Vaccination in the Punjab 1883-1896 - 1883-1896
Year: 1883
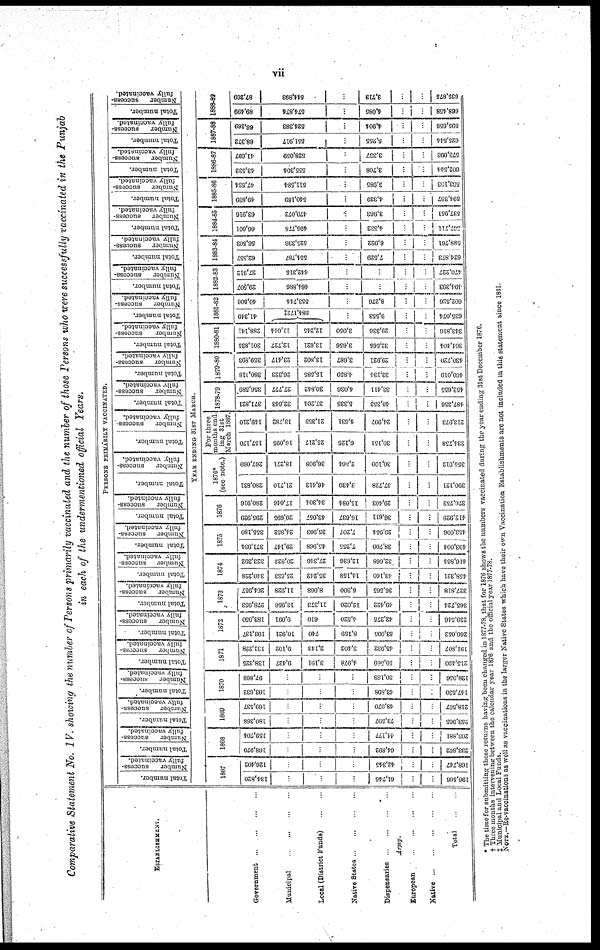
vii
Comparative Statement No. IV. showing the number of Persons primarily vaccinated and the number of those Persons who were successfully vaccinated in the Punjab
in each of the undermentioned official Years.
ESTABLISHMENT.
Government
...
...
...
...
Municipal ... ... ...
Local (District Funds) . .
Native States . ... ...
Dispensaries ...
Army.
European ... ...
Native
..
.
...
Total ..
PERSONS PRIMARILY VACCINATED.
Total
number.
Number
success¬
fully
vaccinated.
Total number.
Number
success¬
fully
vaccinated.
Total number.
Number
success¬
fully
vaccinated.
Total number.
Number
Success¬
fully
vaccinated.
Total number.
Number
Success¬
fully
vaccinated.
Total number.
Number
success¬
fully
vaccinated.
Total number.
Number
success¬
fully
vaccinated.
Total number.
Number
suecess¬
fully
vaccinated.
Total number.
Number
success¬
fully
vaccinated.
Total number.
Number
success¬
fully
vaccinated.
Total number.
Number
success-
fully vaccinated.
Total number.
Number
success-
fully vaccinated.
Total number.
Number
success¬
fully
vaccinated.
Total number.
Number
success¬
fully
vaccinated.
Total number.
Number
success¬
fully
vaccinated.
Total number.
Number
success¬
fully
vaccinated.
Total number.
Number
success¬
fully
vaccinated.
Total number.
Number
succcss¬
fully
vaccinated.
Total number.
Number
success¬
fully
vaccinated.
Total number.
Number
success¬
fully
vaccinated.
Total number.
Number
success¬
fully
vaccinated.
Total number.
Number
success-
fully vaccinated.
Total number.
Number
success¬
fully
vaccinated.
YEAR ENDING 31ST MARCH.
1867
134,820
...
...
...
61,746
...
...
196,566
126,402
...
...
...
42,345
...
...
168,747
1868
108,970
...
...
...
64,892
...
...
233,862
159,704
...
...
...
44,177
...
...
203,881
1869
180,368
...
...
....
73,597
...
...
253,965
169,537
...
...
...
48,970
...
...
218,507
1870
103,632
...
...
...
43,898
...
...
147,530
97,868
...
...
...
30,188
...
...
128,056
1871
138,325
9,427
3,191
4,978
59,509
...
...
215,190
131,228
9,102
2,143
3,102
45,932
...
...
191,807
1872
193,137
10,921
740
8,159
53,095
...
...
266,052
183,050
9,091
610
4,520
42,275
...
...
239,546
1873
278,953
13,956
11,373
12,020
40,422
...
...
365,724
204,957
11,928
8,068
6,300
36,565
...
...
327,818
1874
310,228
25,533
35,242
14,158
43,160
...
...
458,321
323,392
20,822
27,346
12,636
32,668
...
...
416,864
1875
371,934
29,147
45,968
7,255
38,700
...
...
493,004
355,180
24,852
35,903
7,207
29,954
...
...
453,096
1876
205,929
20,695
43,057
16,637
36,611
...
...
412,929
280,916
17,046
34,304
15,084
29,403
...
...
376,753
1876*
(see note.)
280,831
21,710
46,413
3,439
37,728
...
...
390,121
267,069
18,271
36,908
2,564
30,100
...
...
354,912
For three
months end-
ing 31st
March 1887.
157,170
16,095
25,217
6,125
30,151
...
...
234,758
149,210
13,782
21,353
4,631
24,997
...
...
213,973
1878-79
371,821
32,643
37,201
5,335
40,353
...
...
487,356
356,589
27,777
30,842
4,036
33,411
...
...
452,655
1879-80
380,118
26,323
16,585
4,859
33,131
...
...
460,019
359,893
23,417
13,802
3,087
29,921
...
...
430,720
1880-81
301,835
12,727
13,621
3,656
32,565
...
...
304,404
288,141
11,014
12,245
3,050
29,336
...
...
343,810
1881-82
41,349
584,1724‡
...
9,553
...
...
635,074
40,506
553,744
...
8,276
...
...
602,526
1882-83
29,507
464,886
...
...
...
...
401,393
27,913
442,315
...
...
...
...
470,227
1883-84
62,557
554,787
...
7,529
...
...
624,873
60,503
525,336
...
6,922
...
...
588,761
1884-85
66,601
496,778
...
4,332
...
...
507,711
63,916
470,072
...
3,963
...
...
537,951
1885-86
49,839
540,189
...
4,339
...
...
594,367
47,534
511,584
...
3,985
...
...
563,103
1886-87
43,532
555,304
...
3,708
...
...
602,544
41,697
528,059
...
3,337
...
...
573,093
1887-88
68,372
551,917
...
5,255
...
...
625,514
66,369
524,383
...
4,901
...
...
595,656
1888-89
89,499
574,874
...
4,085
...
...
668,458
87,269
644,893
...
3,713
...
...
635,876
* The time for submitting these returns having been changed in 1877-78, that for 1876 shows the numbers vaccinated during the year ending 31st December 1876.
† Three months intervening between the calendar year 1876 and the official year 1877-78.
‡ Municipal and Local Funds.
NOTE.—Re-vaccinations as well as vaccinations in the larger Native States which have their own Vaccnation Establishments are not included in this statement since 1881.